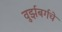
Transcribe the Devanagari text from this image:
वुर्झबर्गचे